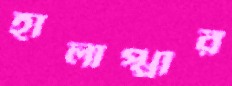
হালাপ্পার